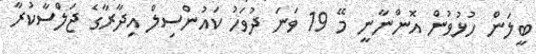
ބީލަން ހުޅުވުން އޮންނާނީ މޭ 19 ވަނަ ދުވަހު ކައުންސިލް އިދާރާގެ ޖަލްސާކުރާ